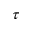
\tau